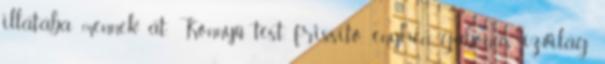
illatába mennek át. Könnyű test, frissítő, enyhén gabonás ízvilág